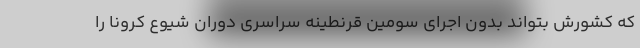
که کشورش بتواند بدون اجرای سومین قرنطینه سراسری دوران شیوع کرونا را